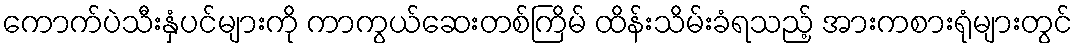
ကောက်ပဲသီးနှံပင်များကို ကာကွယ်ဆေးတစ်ကြိမ် ထိန်းသိမ်းခံရသည့် အားကစားရုံများတွင်